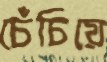
চেঁচিয়ে